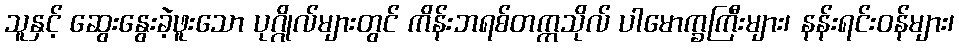
သူနှင့် ဆွေးနွေးခဲ့ဖူးသော ပုဂ္ဂိုလ်များတွင် ကိန်းဘရစ်တက္ကသိုလ် ပါမောက္ခကြီးများ၊ နန်းရင်းဝန်များ၊